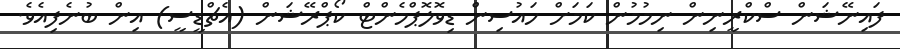
ފައިނޭޝަން ސްކްރީނިން ނިމުމުން ކަމަށް ހައުސިން ޑިވޮލޮޕްމެންޓް ކޯޕްރޭޝަން (އެޗްޑީސީ) އިން ބުނެފިއެވެ.